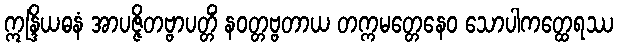
ဣန္ဒြိယဓနံ အာပဇ္ဇိတဗ္ဗာပတ္တိံ နဝတ္တဗ္ဗတာယ တက္ကမတ္တေနေဝ သောပါကတ္ထေရဿ